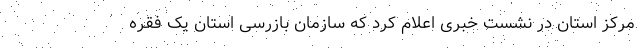
مرکز استان در نشست خبری اعلام کرد که سازمان بازرسی استان یک فقره